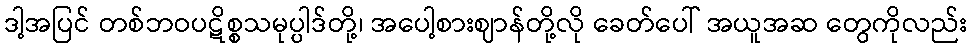
ဒါ့အပြင် တစ်ဘဝပဋိစ္စသမုပ္ပါဒ်တို့၊ အပေါ့စားဈာန်တို့လို ခေတ်ပေါ် အယူအဆ တွေကိုလည်း